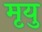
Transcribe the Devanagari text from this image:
मृयु